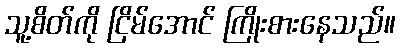
သူ့စိတ်ကို ငြိမ်အောင် ကြိုးစားနေသည်။